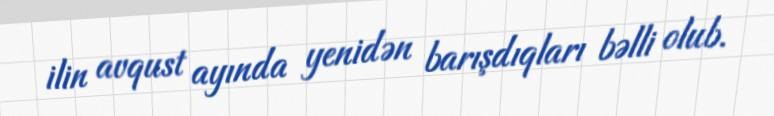
ilin avqust ayında yenidən barışdıqları bəlli olub.